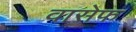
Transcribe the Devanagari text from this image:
वासेफ